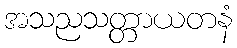
အသညသတ္တာယတနံ